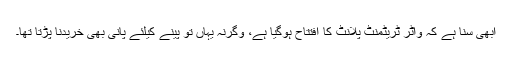
ابھی سنا ہے کہ واٹر ٹریٹمنٹ پلانٹ کا افتتاح ہوگیا ہے، وگرنہ یہاں تو پینے کیلئے پانی بھی خریدنا پڑتا تھا۔